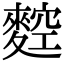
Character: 𪍂